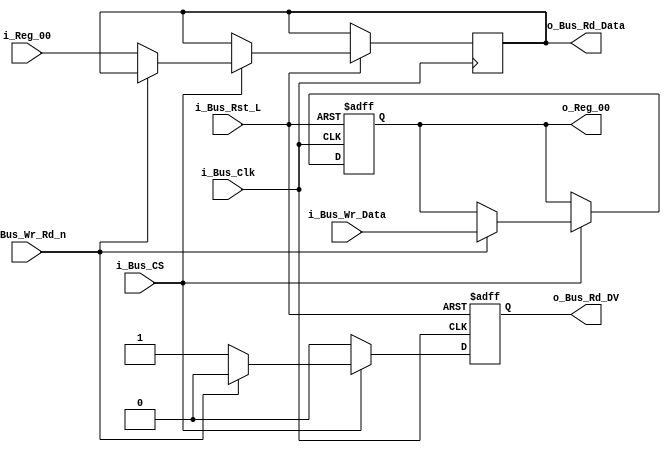
//////////////////////////////////////////////////////////////////////////////
// FPGA Bus Registers - 8 bits wide
// Contains 1 Readable/Writable Register.
// Note that i_Bus_Addr8 isn't needed here.  If CS is high, this module
// will respond.
//
// Parameters:
// INIT_XX - Used to initalize registers to non-zero values.
//////////////////////////////////////////////////////////////////////////////
module Bus8_Reg_X1 #(parameter INIT_00 = 0)
 (input            i_Bus_Rst_L,
  input            i_Bus_Clk,
  input            i_Bus_CS,
  input            i_Bus_Wr_Rd_n,
  input [7:0]      i_Bus_Wr_Data,
  output reg [7:0] o_Bus_Rd_Data,
  output reg       o_Bus_Rd_DV,
  input [7:0]      i_Reg_00,
  output reg [7:0] o_Reg_00);

  always @(posedge i_Bus_Clk or negedge i_Bus_Rst_L)
  begin
    if (~i_Bus_Rst_L)
    begin
      o_Bus_Rd_DV <= 1'b0;
      o_Reg_00    <= INIT_00;
    end
    else
    begin
      o_Bus_Rd_DV <= 1'b0;

      if (i_Bus_CS == 1'b1)
      begin
        if (i_Bus_Wr_Rd_n == 1'b1) // Write Command
          o_Reg_00 <= i_Bus_Wr_Data;
        else // Read Command
        begin
          o_Bus_Rd_DV   <= 1'b1;
          o_Bus_Rd_Data <= i_Reg_00;
        end
      end // if (i_Bus_CS == 1'b1)
    end // else: !if(!i_Bus_Rst_L)
  end // always @ (posedge i_Bus_Clk or negedge i_Bus_Rst_L)

endmodule // Bus8_Reg_X1